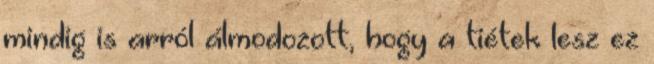
mindig is arról álmodozott, hogy a tiétek lesz ez